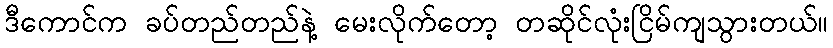
ဒီကောင်က ခပ်တည်တည်နဲ့ မေးလိုက်တော့ တဆိုင်လုံးငြိမ်ကျသွားတယ်။